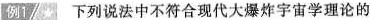
例1 下列说法中不符合现代大爆炸宇宙学理论的